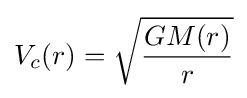
V_{c}(r)={\sqrt {\frac {GM(r)}{r}}}